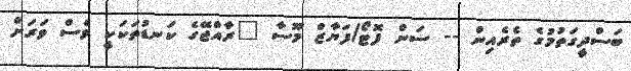
ބަސްދީގަތުމުގެ ތެރެއިން -- ސަން ފޮޓޯ/ފަޔާޒް މޫސާ "ރާއްޖޭގެ ކަނޑުތަކަކީ ވެސް ވަރަށް